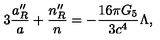
3 { \frac { a _ { R } ^ { \prime \prime } } { a } } + { \frac { n _ { R } ^ { \prime \prime } } { n } } = - { \frac { 1 6 \pi G _ { 5 } } { 3 c ^ { 4 } } } \Lambda ,